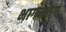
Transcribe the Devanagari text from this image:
भागम्भाग